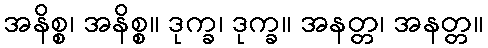
အနိစ္စ၊ အနိစ္စ။ ဒုက္ခ၊ ဒုက္ခ။ အနတ္တ၊ အနတ္တ။